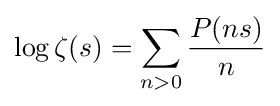
\log \zeta (s)=\sum _{n>0}{\frac {P(ns)}{n}}